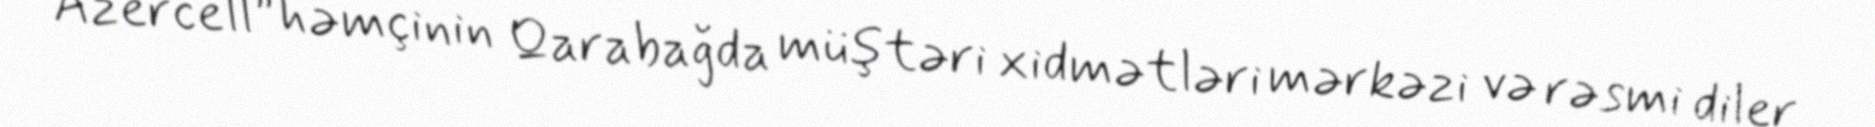
“Azercell” həmçinin Qarabağda müştəri xidmətləri mərkəzi və rəsmi diler